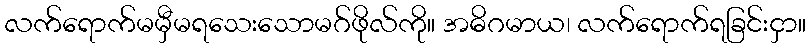
လက်ရောက်မမှီမရသေးသောမဂ်ဖိုလ်ကို။ အဓိဂမာယ၊ လက်ရောက်ရခြင်းငှာ။